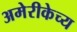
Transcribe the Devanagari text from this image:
अमेरीकेच्य